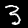
Label: 3